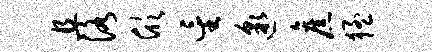
且洛欣星邈旧猛